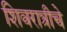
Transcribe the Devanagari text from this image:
शिवरात्रीचे